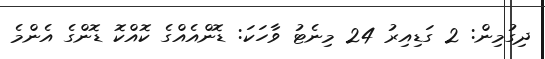
ދިގުމިން: 2 ގަޑިއިރު 24 މިނެޓު ވާހަކަ: ޑޮންއެއްގެ ކޮއްކޮ ޑޮންގެ އެންމެ